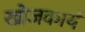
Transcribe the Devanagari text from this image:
खोजकार्य